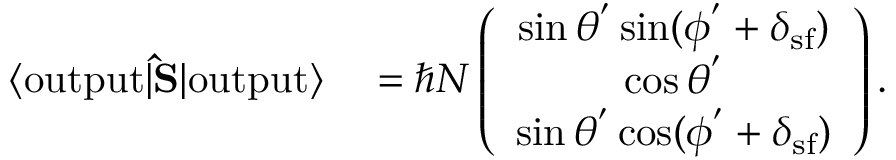
\begin{array} { r l } { \langle \mathrm { o u t p u t } | { \bf \hat { S } } | \mathrm { o u t p u t } \rangle } & { { } = \hbar N \left( \begin{array} { c } { \sin \theta ^ { ' } \sin ( \phi ^ { ' } + \delta _ { \mathrm { s f } } ) } \\ { \cos \theta ^ { ' } } \\ { \sin \theta ^ { ' } \cos ( \phi ^ { ' } + \delta _ { \mathrm { s f } } ) } \end{array} \right) . } \end{array}